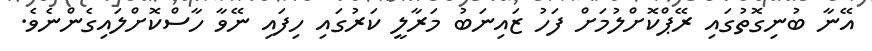
އޭނާ ބުނިގޮތުގައި ރޭޕްކޮށްލުމަށް ފަހު ޒައިނަބު މަރާލީ ކަރުގައި ހިފައި ނޭވާ ހާސްކޮށްލައިގެންނެވެ.